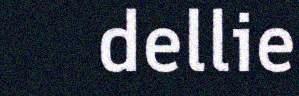
dellie